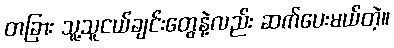
တခြား သူ့သူငယ်ချင်းတွေနဲ့လည်း ဆက်ပေးမယ်တဲ့။